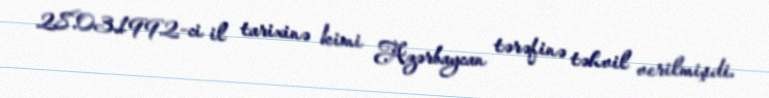
28.03.1992-ci il tarixinə kimi Azərbaycan tərəfinə təhvil verilmişdi.